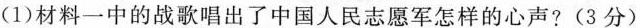
(1)材料一中的战歌唱出了中国人民志愿军怎样的心声?(3分)